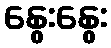
နွေးနွေး